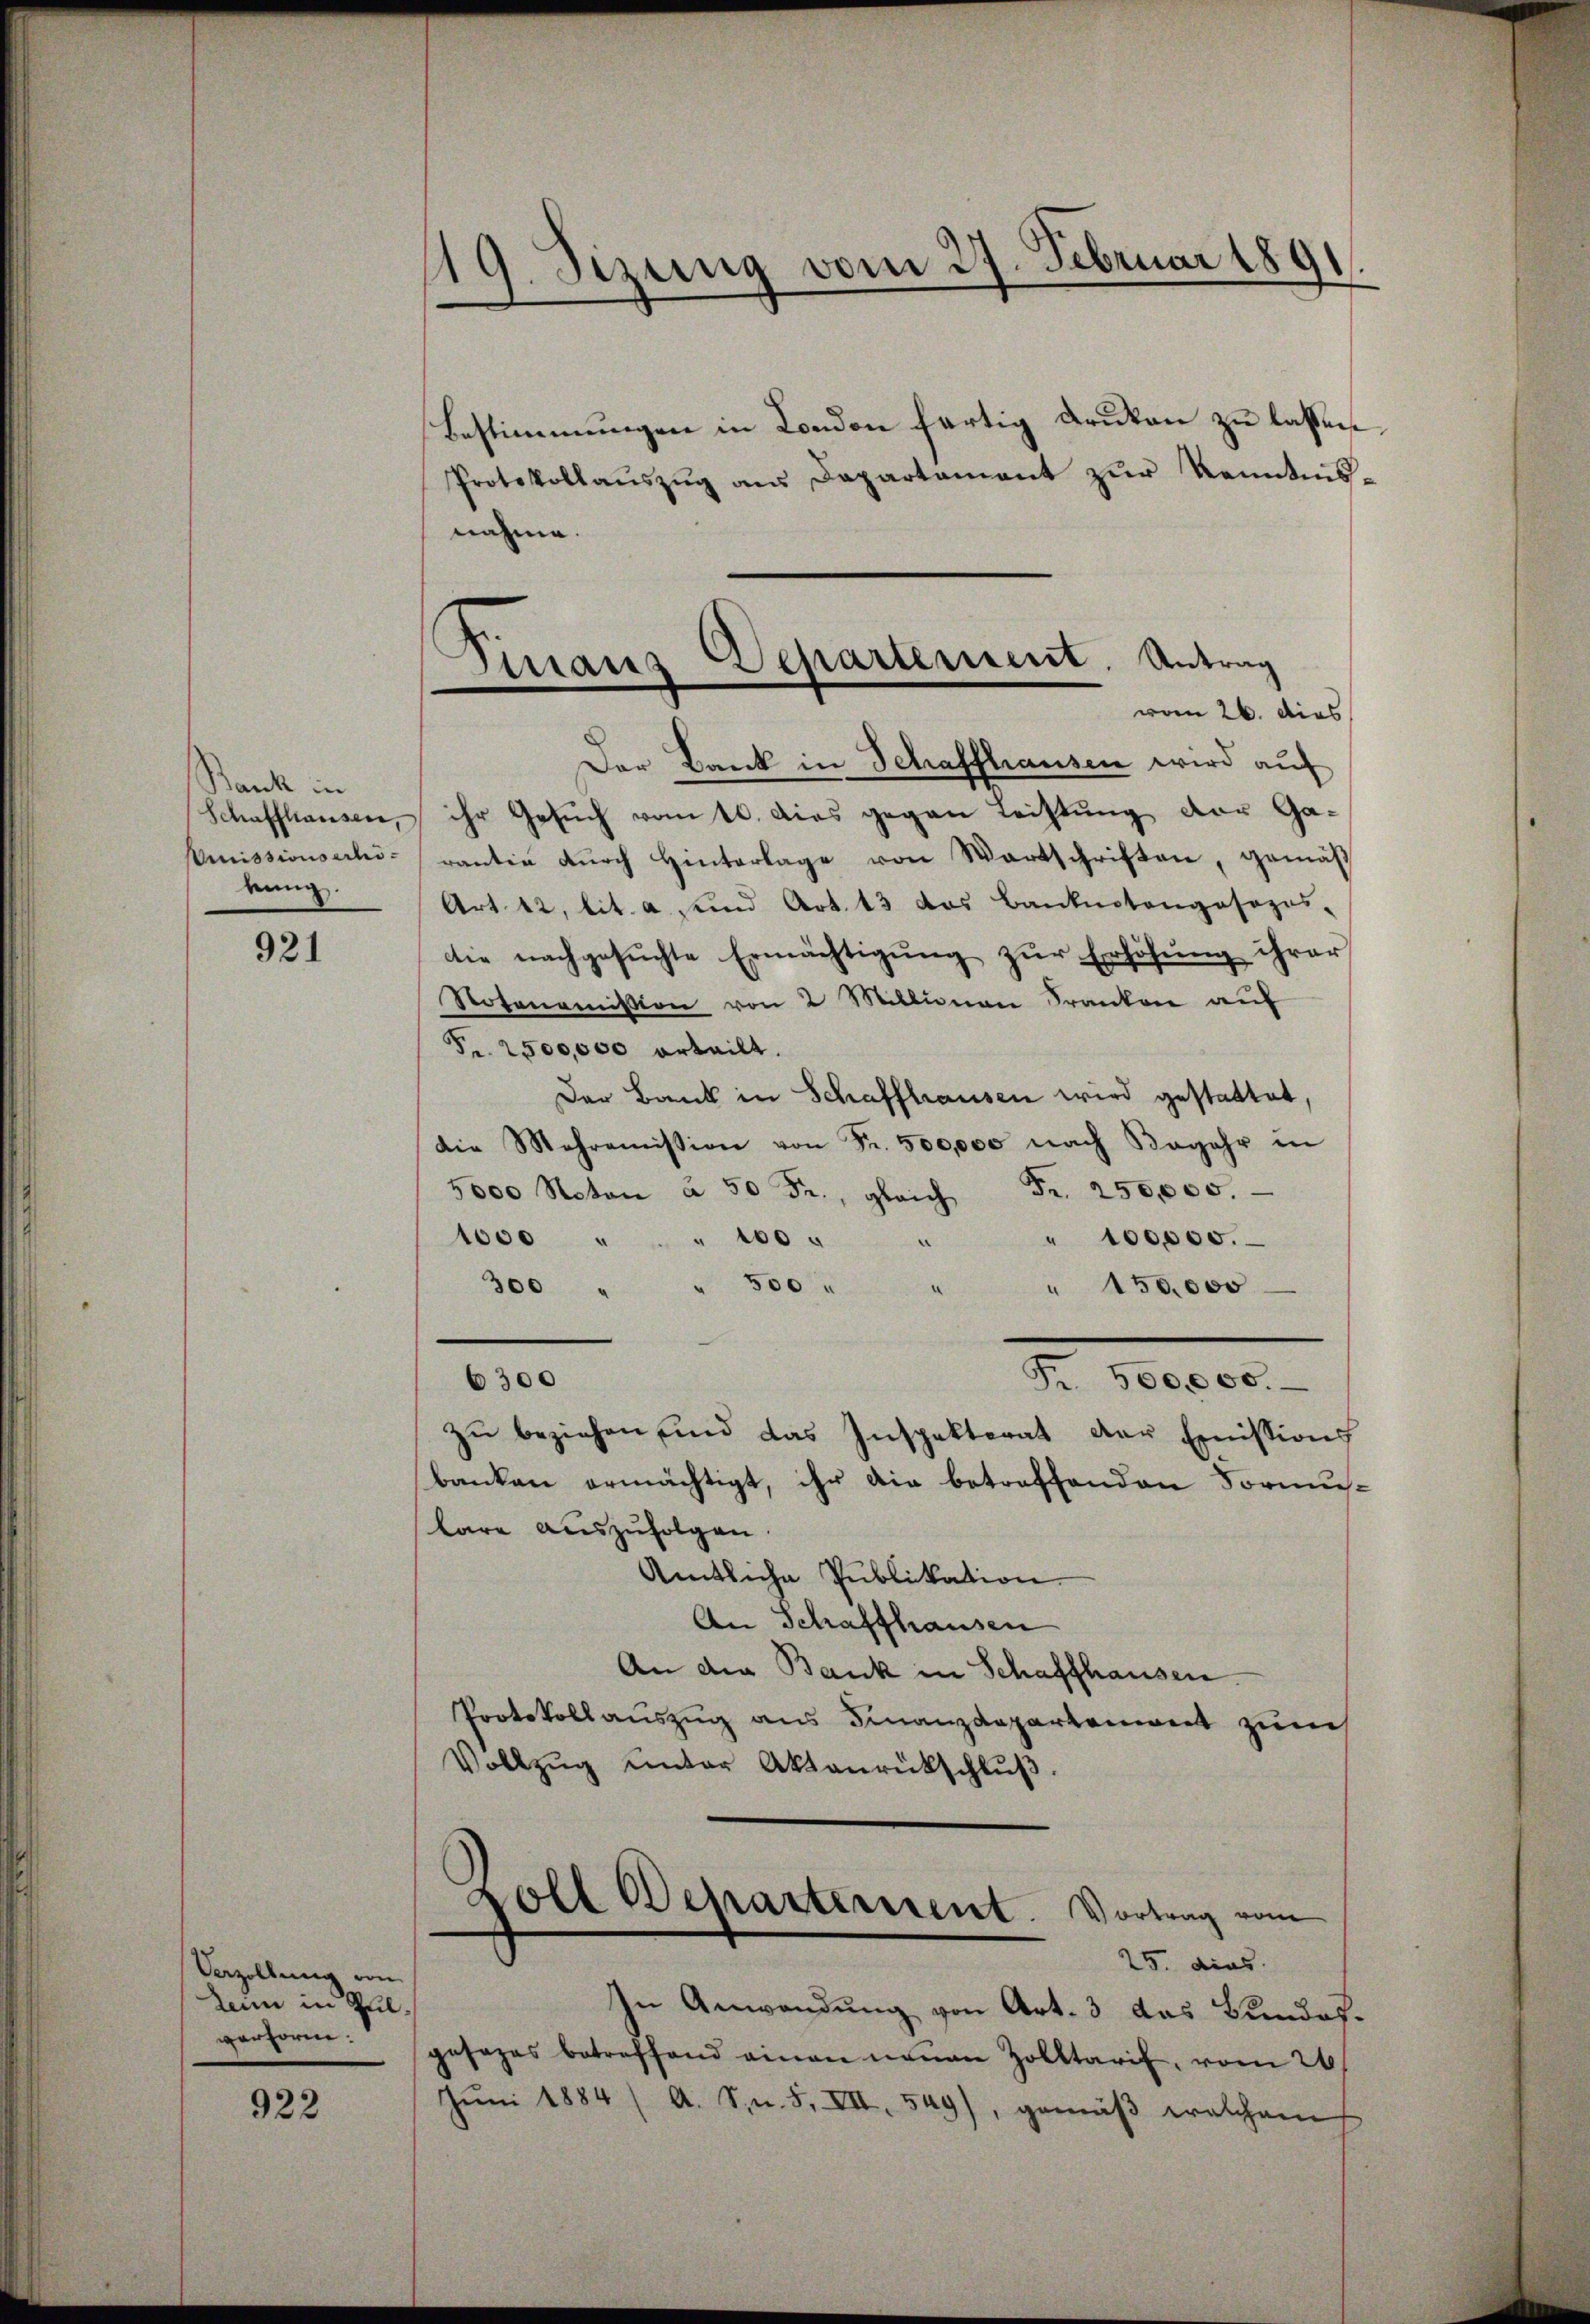
Stank in
bung.

921

Verzöllung von
Lin in Philverform.

922

Bestimmungen in London fertig Druken zu lassen.
Protokollaŭszŭg aŭs Departament zŭr Kenntnisnahme.
Der Bank in Schaffhausen wird auf
Schaffhausen, ihr Gesŭch vom 10. Das gegen Leistung der Ga-
Emissionsectirantie dŭrch Hinterlage von Wartschriften, gemäß
Art. 12, lit. a. und Art. 13 das Banknotongosozes,
die nachgesŭchte Ermächtigŭng zŭr Erhöhung ihrer
Notonomission von 2 Millionen Franken aŭf
Fr. 2500,000 erteilt.
Der Bank in Schaffhausen wird gestattet,
die Mehromission von Fr. 500,000 nach Begehr in
5600 Naton Fr. gleich Fr. 250,000.
1000 " " " 100
" 100000.
300 " " 560. " " 150,000
Fr. 500,000.
6300
zu beziehen, und das Inspektorat der Emission
banken ermächtigt, ihr die betreffenden Formulare aŭszŭfolgen.
Amtliche Publikation.
An Schaffhausen
An die Bank in Schaffhausen.
Protokollauszug aus Finanzdepartement zum
Vollzŭg ŭnter Aktenrückschlŭβ

19. Sizung vom 27. Februar 1891.

Finanz-Departement. Antrag
vom 26. dies

Doll Departement. Vortrag vom
25. dies

In Anwendung von Art. 3 das Bundes.
gesages betreffend einen neuen Zolltarif, vom 26
Jŭni 1884 (A. S. 8, VII, 549), gemäβ welchem